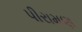
પીરામણ